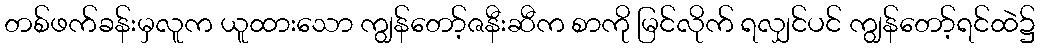
တစ်ဖက်ခန်းမှလူက ယူထားသော ကျွန်တော့်ဇနီးဆီက စာကို မြင်လိုက် ရလျှင်ပင် ကျွန်တော့်ရင်ထဲ၌